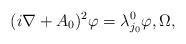
LaTeX: \begin{align*} (i\nabla + A_0)^2 \varphi= \lambda_{j_0}^0 \varphi, \Omega,\end{align*}